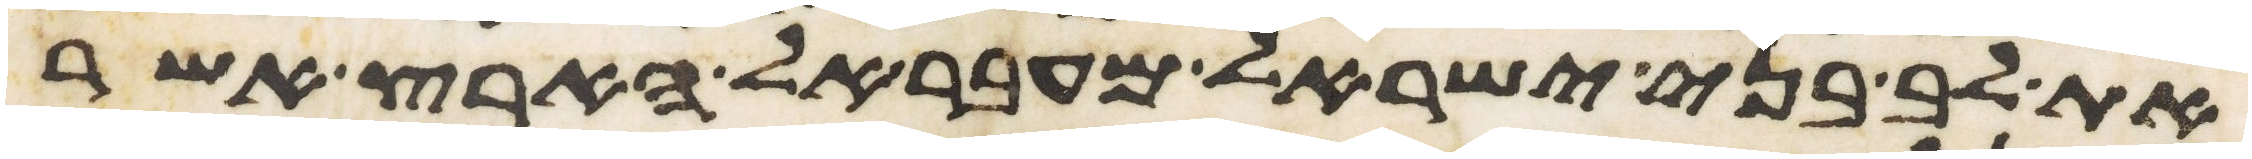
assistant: את לב בני ישראל מעבר אל הארץ אשר